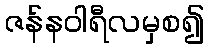
ဇန်နဝါရီလမှစ၍